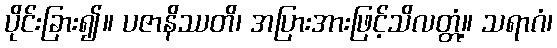
ပိုင်းခြား၍။ ပဇာနိဿတိ၊ အပြားအားဖြင့်သိလတ္တံ့။ သရာဂံ၊